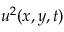
u ^ { 2 } ( x , y , t )